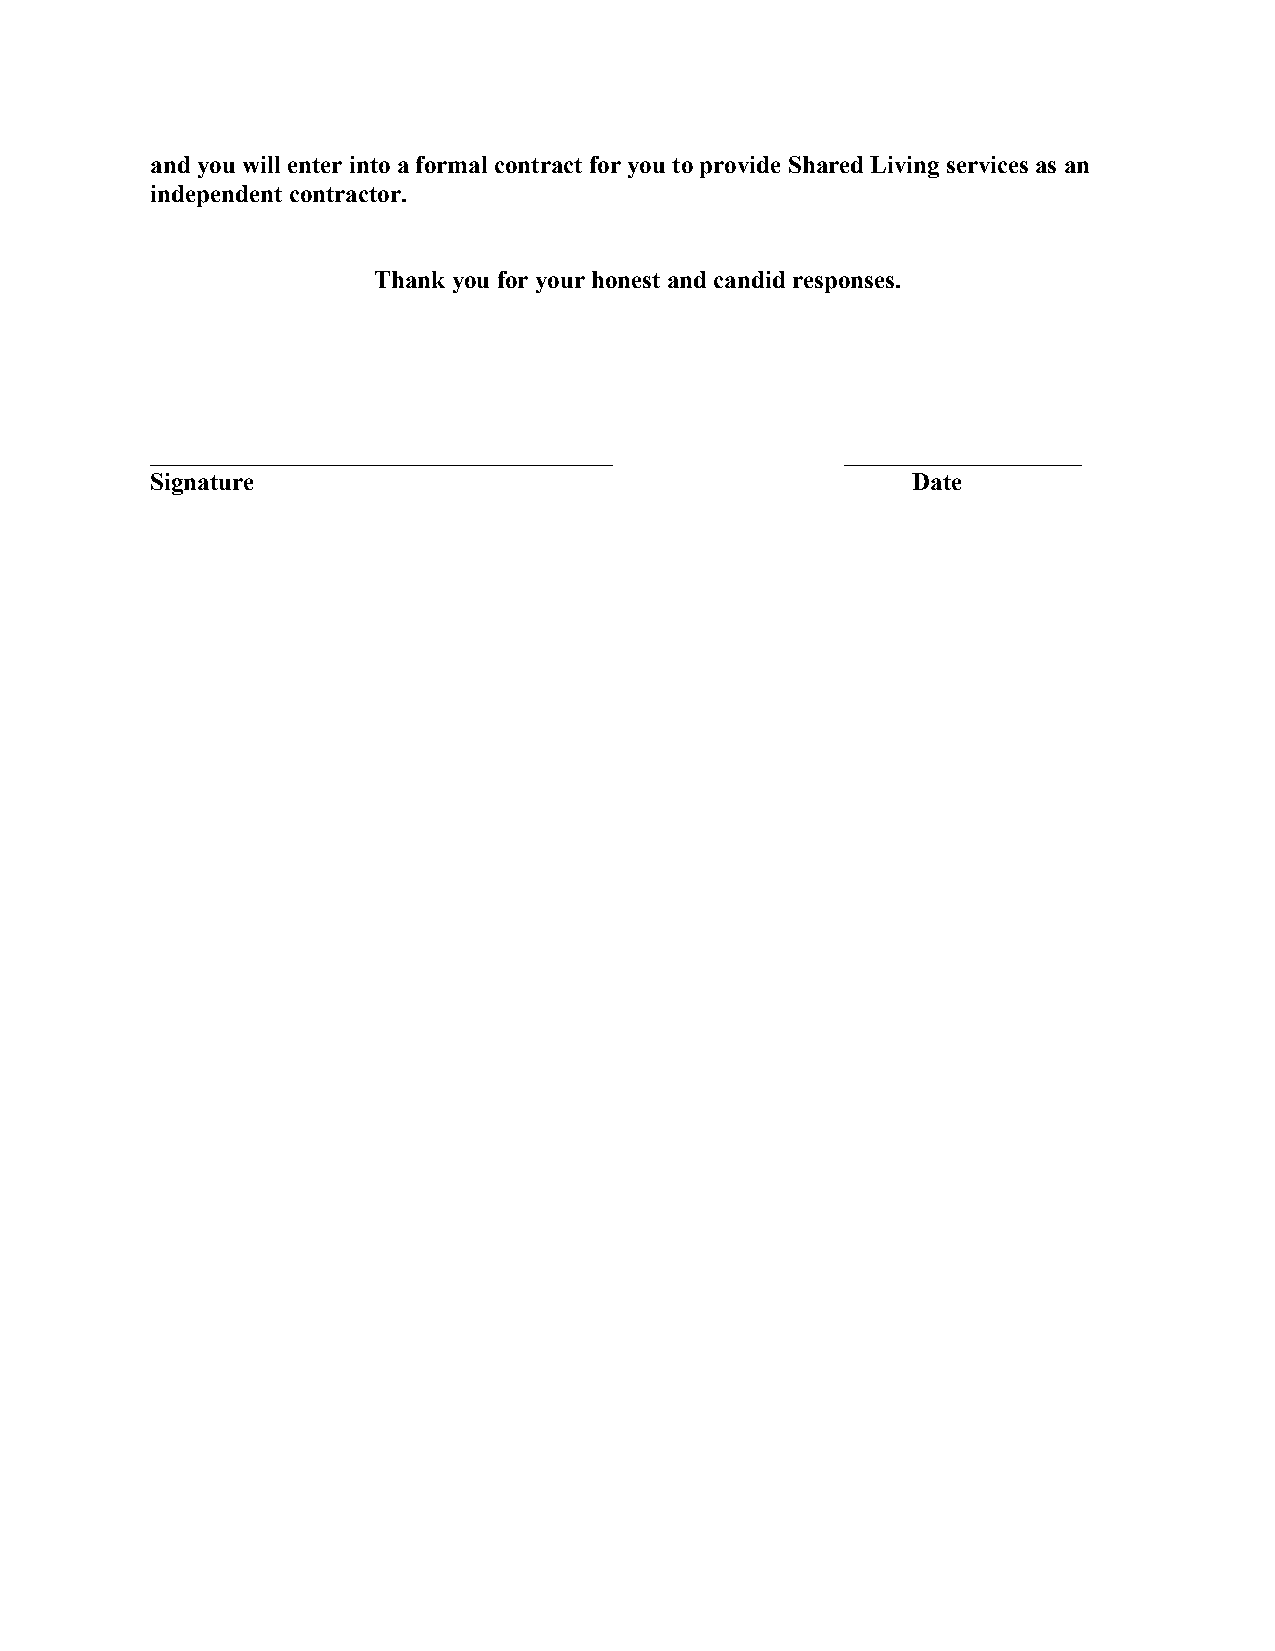
and you will enter into a formal contract for you to provide Shared Living services as an
 independent contractor.
 Thank you for your honest and candid responses.
 _____________________________________         ___________________
 Signature                                         Date